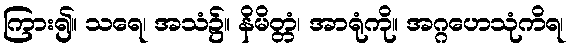
ကြား၍။ သရေ၊ အသံ၌။ နိမိတ္တံ၊ အာရုံကို။ အဂ္ဂဟေသုံကိရ၊